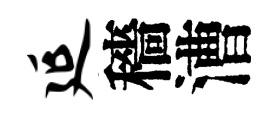
延穡漕